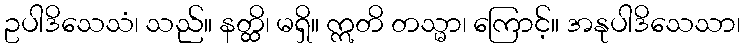
ဥပါဒိသေသံ၊ သည်။ နတ္ထိ၊ မရှိ။ ဣတိ တသ္မာ၊ ကြောင့်။ အနုပါဒိသေသာ၊